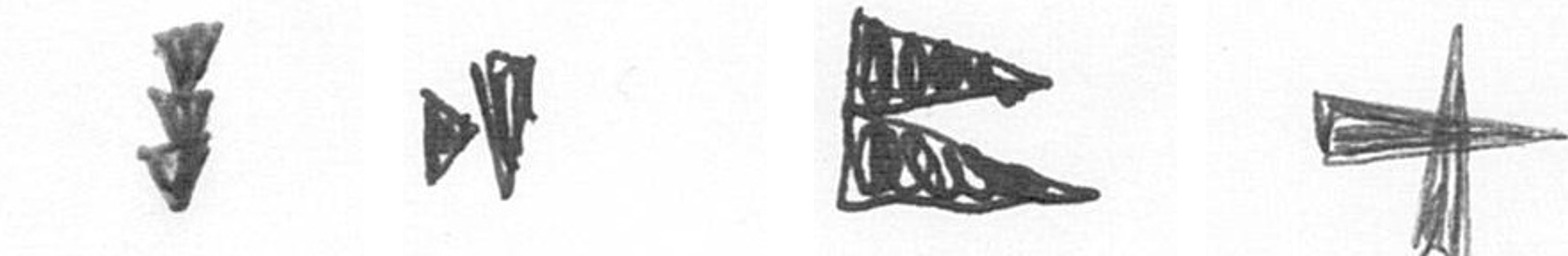
E M P G